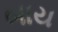
બાય